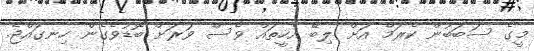
މީގެ ސަބަބުން ކެރަމް އަށް ލިބޭ އެހީތައް ވެސް ވަރަަށް ބޮޑުވެގެން ހިނގައްޖެ.